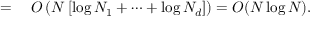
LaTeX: \begin{array} { r l } { = { } } & { { } O \left( N \left[ \log N _ { 1 } + \cdots + \log N _ { d } \right] \right) = O ( N \log N ) . } \end{array}